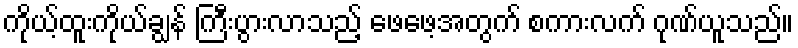
ကိုယ့်ထူးကိုယ်ချွန် ကြီးပွားလာသည့် ဖေဖေ့အတွက် စကားလက် ဂုဏ်ယူသည်။